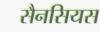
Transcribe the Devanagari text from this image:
सैनसियस